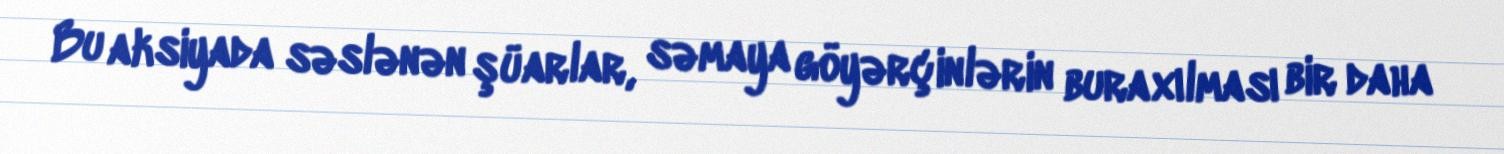
Bu aksiyada səslənən şüarlar, səmaya göyərçinlərin buraxılması bir daha